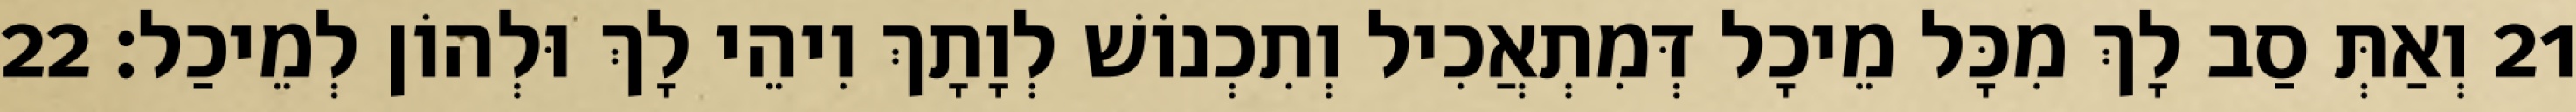
21 וְאַתְּ סַב לָךְ מִכָּל מֵיכָל דְּמִתְאֲכִיל וְתִכְנוֹשׁ לְוָתָךְ וִיהֵי לָךְ וּלְהוֹן לְמֵיכַל׃ 22